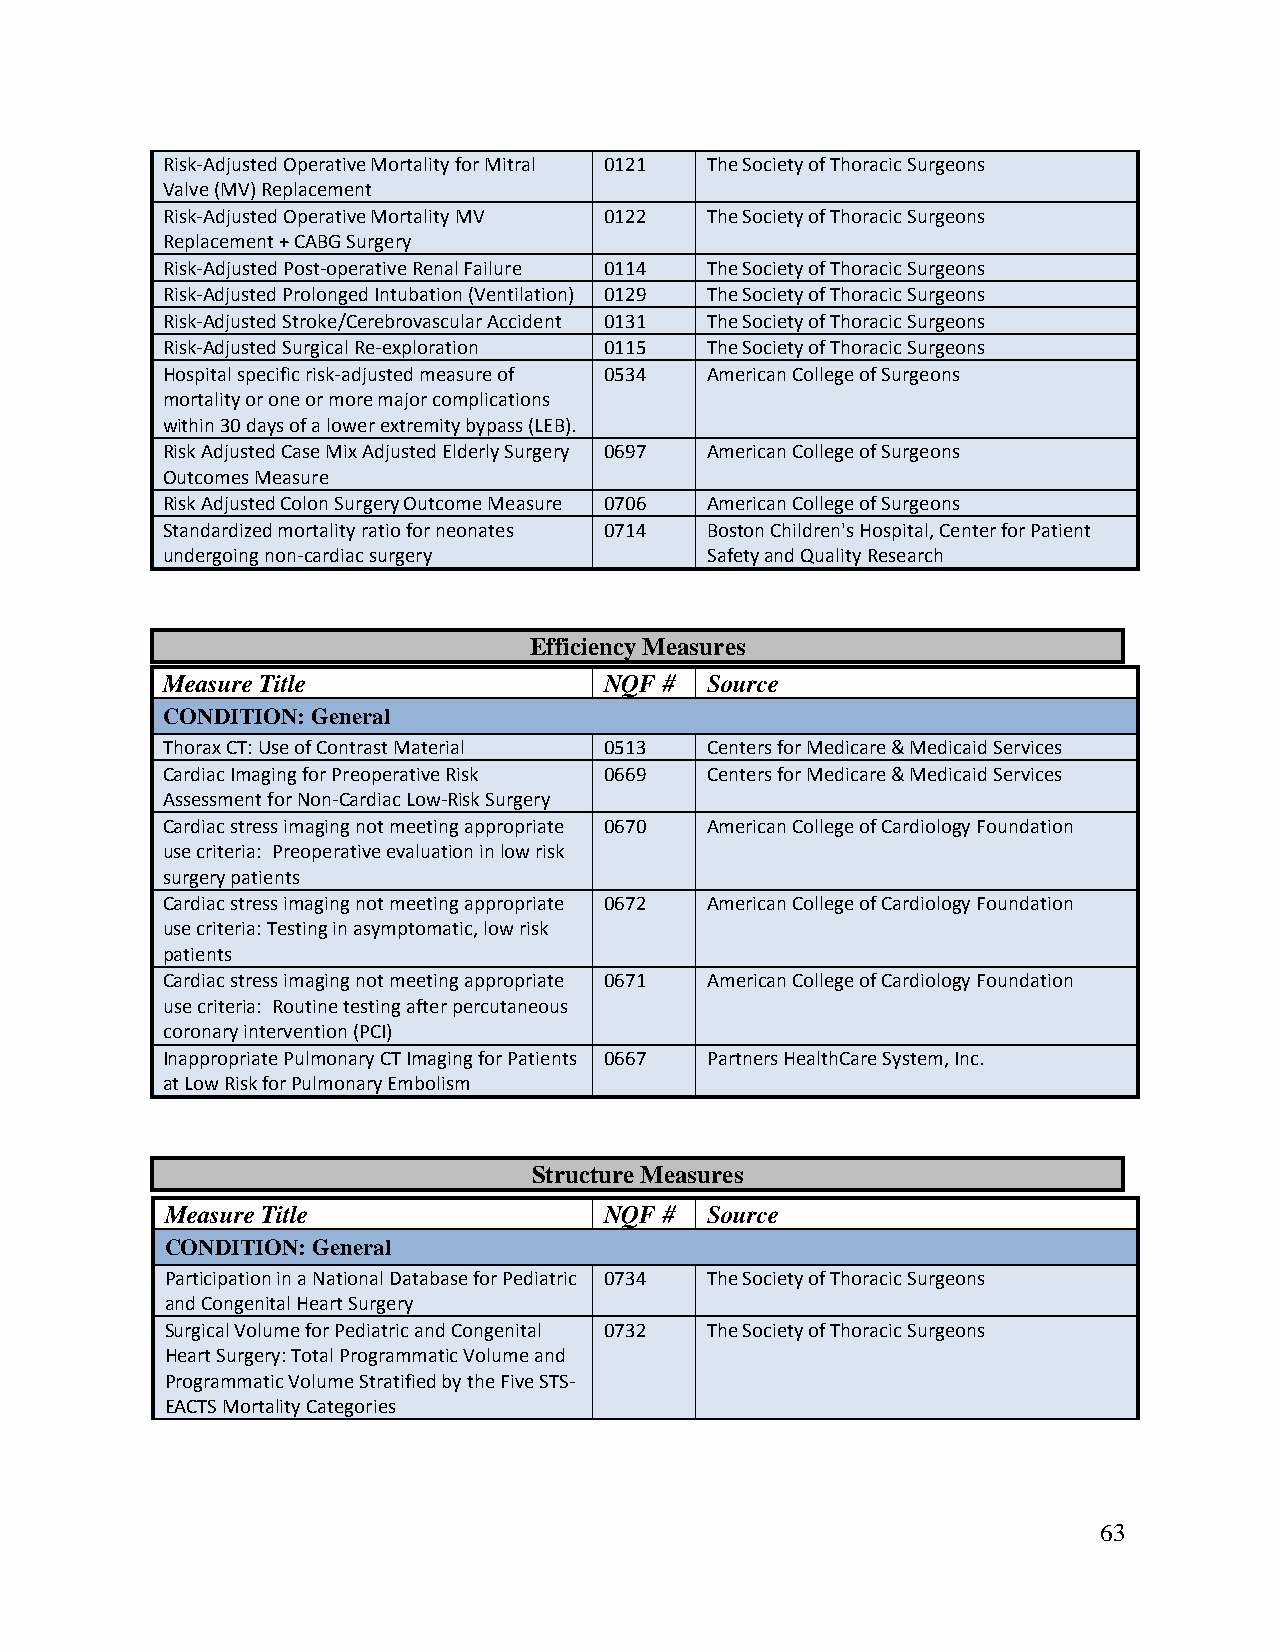
Risk-Adjusted Operative Mortality for Mitral 0121 The Society of Thoracic Surgeons
 Valve (MV) Replacement
 Risk-Adjusted Operative Mortality MV 0122 The Society of Thoracic Surgeons
 Replacement + CABG Surgery
 Risk-Adjusted Post-operative Renal Failure 0114 The Society of Thoracic Surgeons
 Risk-Adjusted Prolonged Intubation (Ventilation) 0129 The Society of Thoracic Surgeons
 Risk-Adjusted Stroke/Cerebrovascular Accident 0131 The Society of Thoracic Surgeons
 Risk-Adjusted Surgical Re-exploration 0115 The Society of Thoracic Surgeons
 Hospital specific risk-adjusted measure of 0534 American College of Surgeons
 mortality or one or more major complications
 within 30 days of a lower extremity bypass (LEB).
 Risk Adjusted Case Mix Adjusted Elderly Surgery 0697 American College of Surgeons
 Outcomes Measure
 Risk Adjusted Colon Surgery Outcome Measure 0706 American College of Surgeons
 Standardized mortality ratio for neonates 0714 Boston Children's Hospital, Center for Patient
 undergoing non-cardiac surgery      Safety and Quality Research
 Efficiency Measures
 Measure Title                NQF #  Source
 CONDITION: General
 Thorax CT: Use of Contrast Material 0513 Centers for Medicare & Medicaid Services
 Cardiac Imaging for Preoperative Risk 0669 Centers for Medicare & Medicaid Services
 Assessment for Non-Cardiac Low-Risk Surgery
 Cardiac stress imaging not meeting appropriate 0670 American College of Cardiology Foundation
 use criteria: Preoperative evaluation in low risk
 surgery patients
 Cardiac stress imaging not meeting appropriate 0672 American College of Cardiology Foundation
 use criteria: Testing in asymptomatic, low risk
 patients
 Cardiac stress imaging not meeting appropriate 0671 American College of Cardiology Foundation
 use criteria: Routine testing after percutaneous
 coronary intervention (PCI)
 Inappropriate Pulmonary CT Imaging for Patients 0667 Partners HealthCare System, Inc.
 at Low Risk for Pulmonary Embolism
 Structure Measures
 Measure Title                NQF #  Source
 CONDITION: General
 Participation in a National Database for Pediatric 0734 The Society of Thoracic Surgeons
 and Congenital Heart Surgery
 Surgical Volume for Pediatric and Congenital 0732 The Society of Thoracic Surgeons
 Heart Surgery: Total Programmatic Volume and
 Programmatic Volume Stratified by the Five STS-
 EACTS Mortality Categories
 63